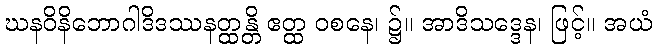
ဃနဝိနိဘောဂါဒိဒဿနတ္ထန္တိ ဧတ္ထ ဝစနေ၊ ၌။ အာဒိသဒ္ဒေန၊ ဖြင့်။ အယံ